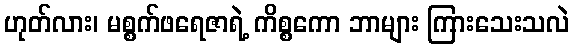
ဟုတ်လား၊ မစ္စက်ဖရေဇာရဲ့ ကိစ္စကော ဘာများ ကြားသေးသလဲ